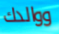
ووالدك